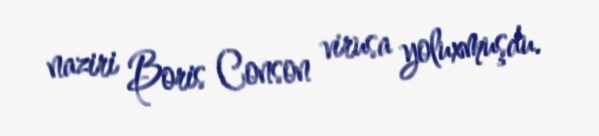
naziri Boris Conson virusa yoluxmuşdu.